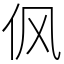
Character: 㐽